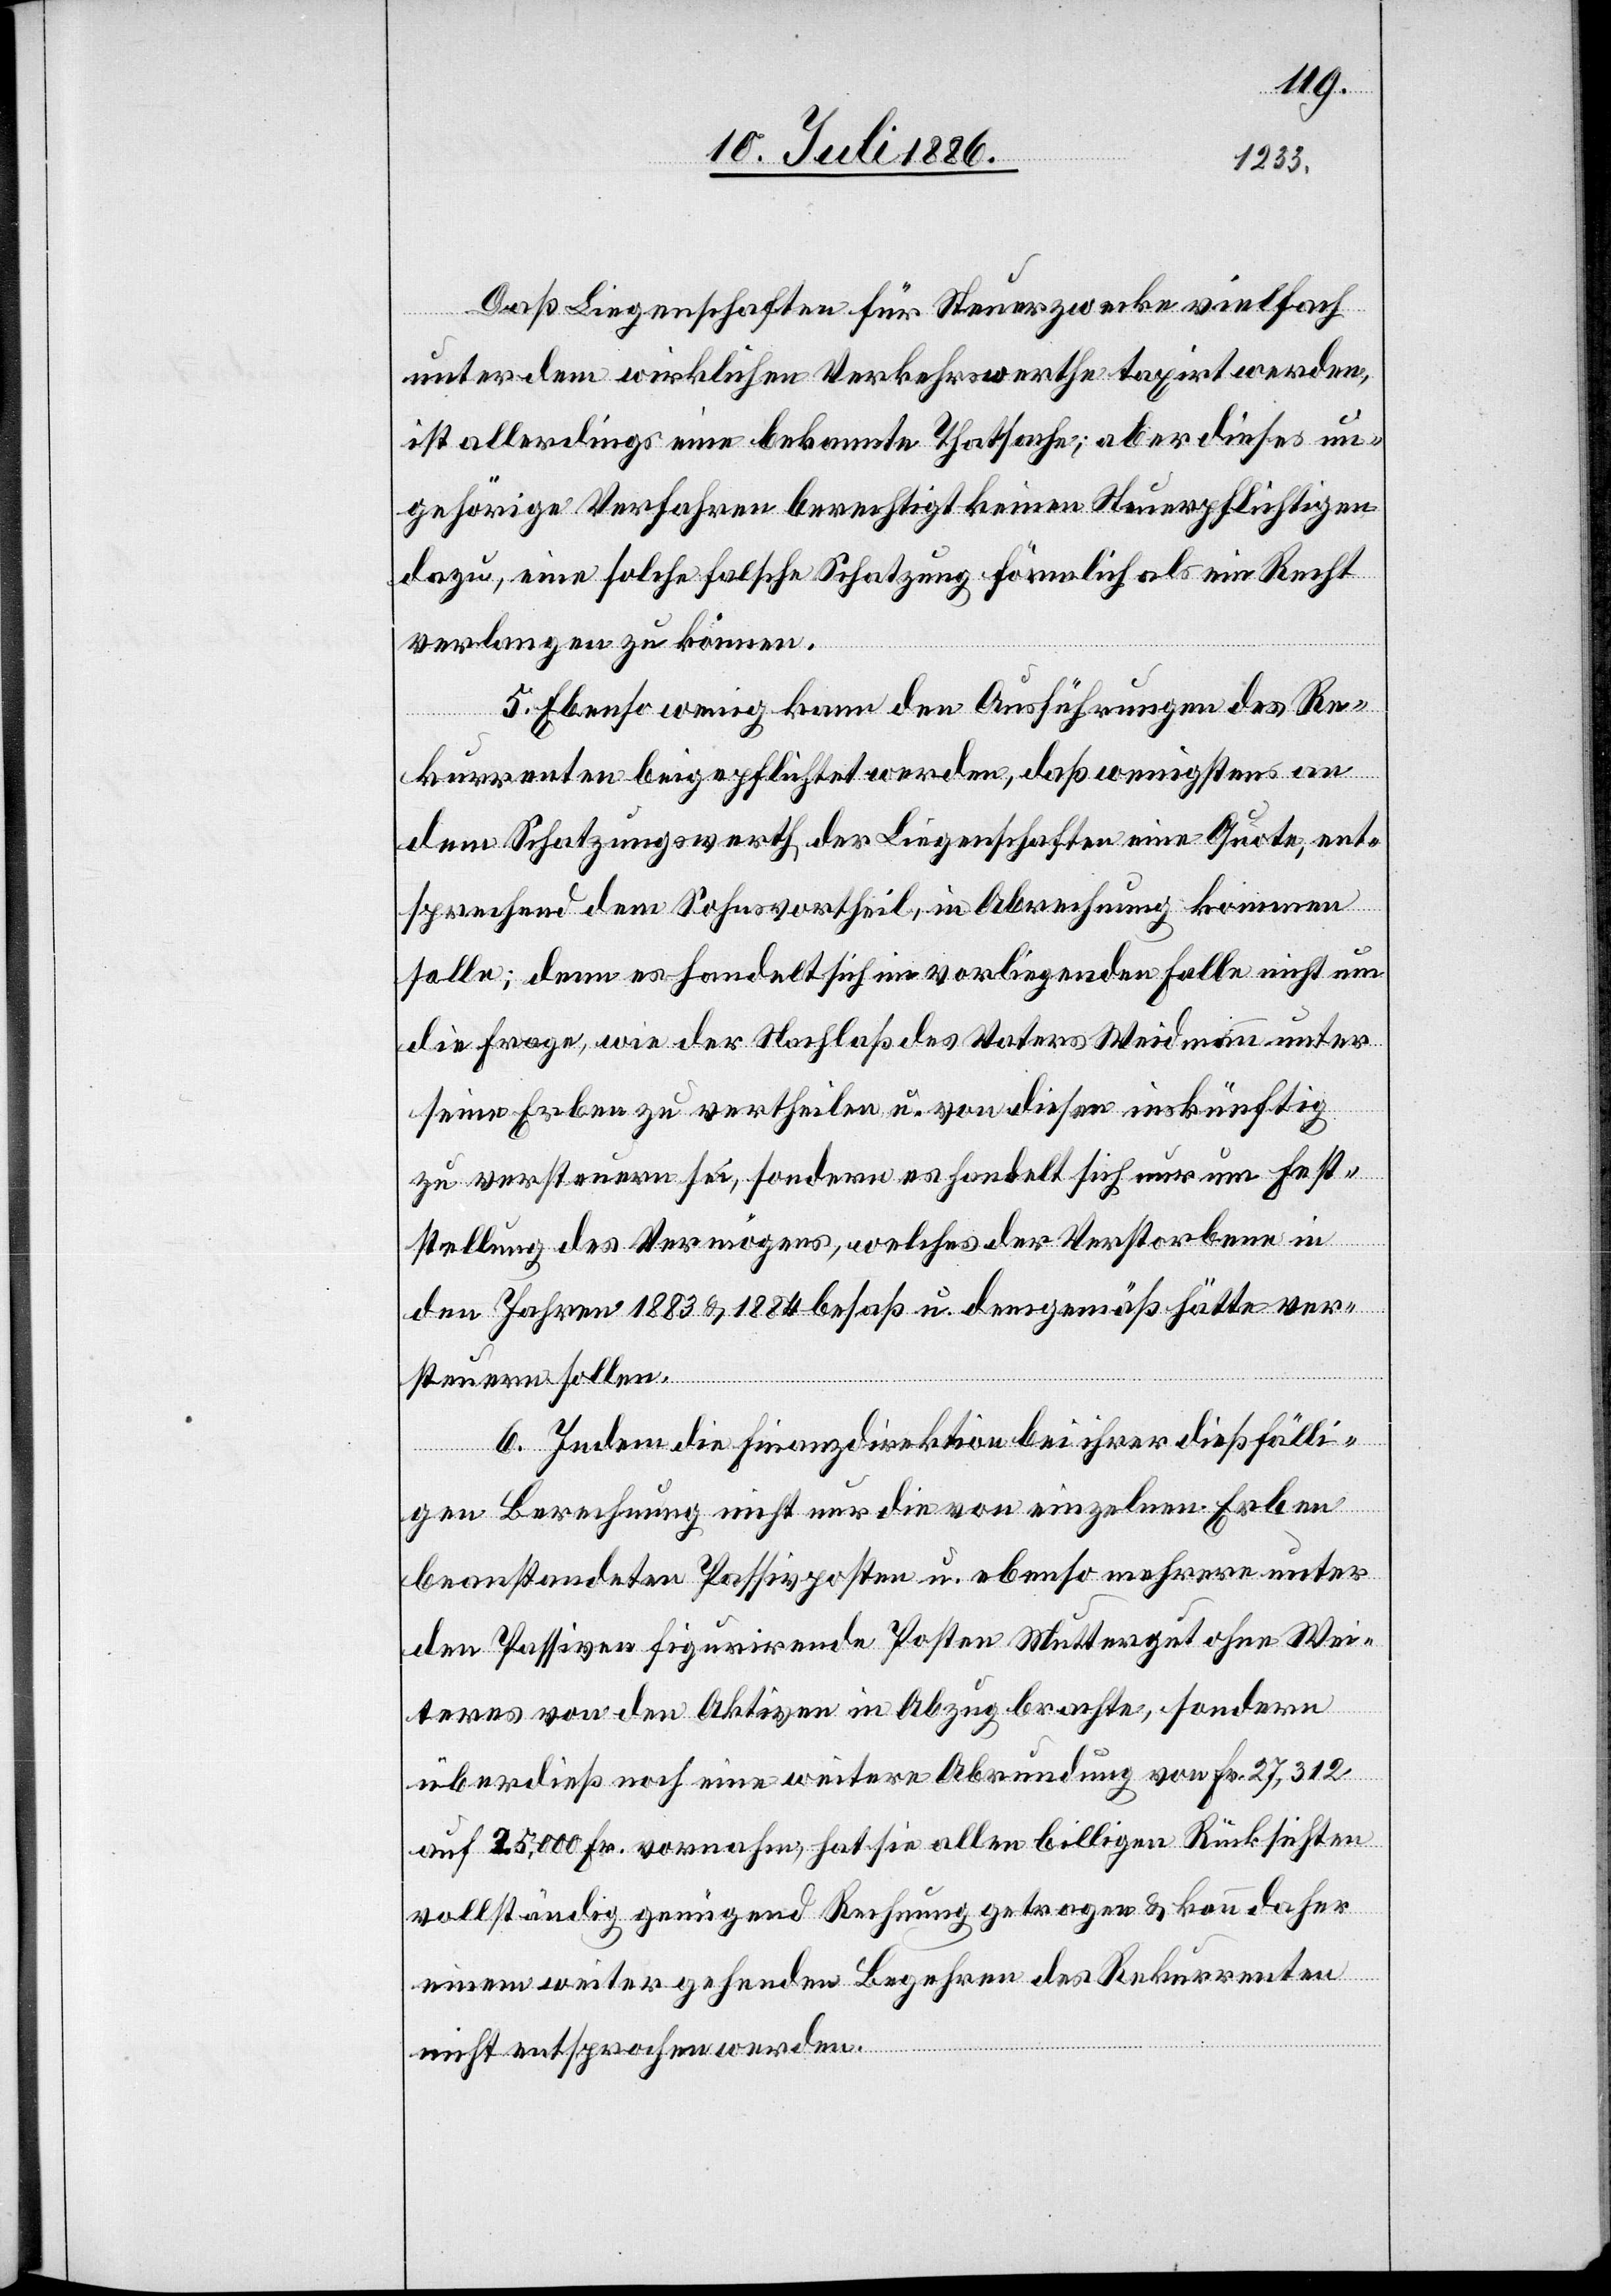
Daß Liegenschaften für Steuerzwecke vielfach
unter dem wirklichen Verkehrswerthe taxirt werden,
ist allerdings eine bekannte Thatsache; aber dieses un¬
gehörige Verfahren berechtigt keinen Steuerpflichtigen
dazu, eine solche falsche Schatzung förmlich als ein Recht
verlangen zu können.
5. Ebenso wenig kann den Anführungen des Re¬
kurrenten beigepflichtet werden, daß wenigstens an
dem Schatzungswerth der Liegenschaften eine Quote, ent¬
sprechend dem Sohnesvortheil, in Abrechnung kommen
solle; denn es handelt sich im vorliegenden Falle nicht um
die Frage, wie der Nachlaß des Vaters Weidmann unter
seine Erben zu vertheilen u. von diesen inskünftig
zu versteuern sei, sondern es handelt sich nur um Fest¬
stellung des Vermögens, welches der Verstorbene in
den Jahren 1883 & 1884 besaß u. demgemäß hätte ver¬
steuern sollen.
6. Indem die Finanzdirektion bei ihrer dießfälli¬
gen Berechnung nicht nur die von einzelnen Erben
beanstandeten Passivposten u. ebenso mehrere unter
den Passiven figurirende Posten Muttergut ohne Wei¬
teres von den Aktiven in Abzug brachte, sondern
überdieß noch eine weitere Abrundung von Fr. 27,312
auf 25,000 Fr. vornahm, hat sie allen billigen Rücksichten
vollständig genügend Rechnung getragen & kann daher
einem weitergehenden Begehren des Rekurrenten
nicht entsprochen werden.